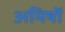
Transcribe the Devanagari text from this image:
अमिषों